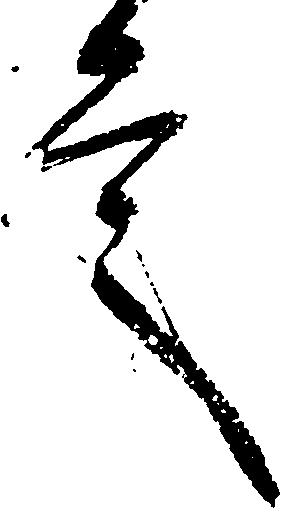
言